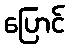
ပြောင်